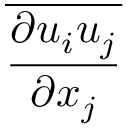
\overline { { \frac { \partial u _ { i } u _ { j } } { \partial x _ { j } } } }